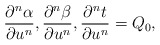
\begin{align*} \frac{\partial^n\alpha}{\partial u^n},\frac{\partial^n\beta}{\partial u^n},\frac{\partial^nt}{\partial u^n}=Q_0,\end{align*}